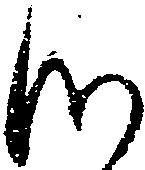
つ